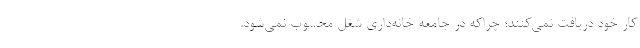
کار خود دریافت نمی‌کنند؛ چراکه در جامعه خانه‌داری شغل محسوب نمی‌شود.